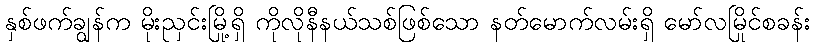
နှစ်ဖက်ချွန်က မိုးညှင်းမြို့ရှိ ကိုလိုနီနယ်သစ်ဖြစ်သော နတ်မောက်လမ်းရှိ မော်လမြိုင်စခန်း